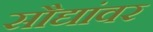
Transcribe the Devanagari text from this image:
सौद्यांवर